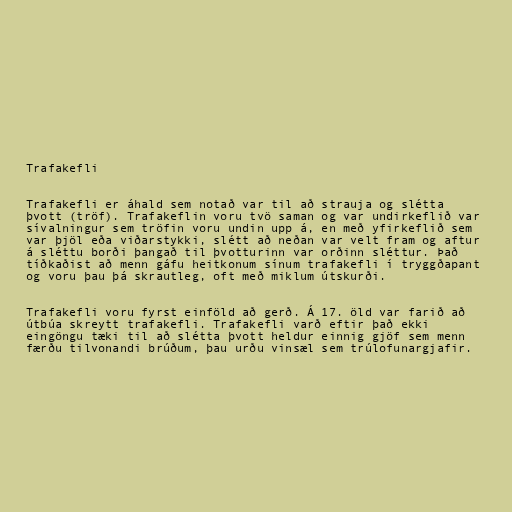
Trafakefli

Trafakefli er áhald sem notað var til að strauja og slétta
þvott (tröf). Trafakeflin voru tvö saman og var undirkeflið var
sívalningur sem tröfin voru undin upp á, en með yfirkeflið sem
var þjöl eða viðarstykki, slétt að neðan var velt fram og aftur
á sléttu borði þangað til þvotturinn var orðinn sléttur. Það
tíðkaðist að menn gáfu heitkonum sínum trafakefli í tryggðapant
og voru þau þá skrautleg, oft með miklum útskurði.

Trafakefli voru fyrst einföld að gerð. Á 17. öld var farið að
útbúa skreytt trafakefli. Trafakefli varð eftir það ekki
eingöngu tæki til að slétta þvott heldur einnig gjöf sem menn
færðu tilvonandi brúðum, þau urðu vinsæl sem trúlofunargjafir.